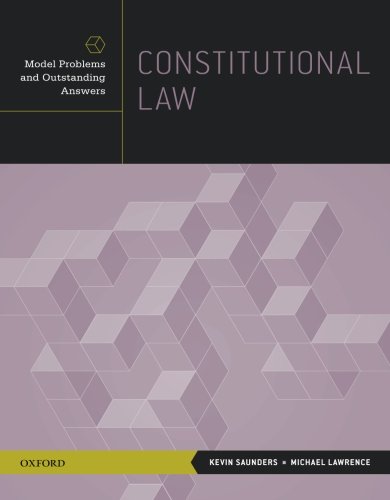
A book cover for Constitutional Law: Model Problems and Outstanding Answers; Kevin Saunders; Law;